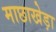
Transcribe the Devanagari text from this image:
माछाखेड़ा